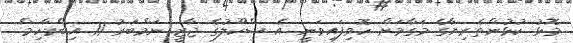
މޮޅު ކުޅުންތެރިޔާގެ މަގާމަށް ހޮވިފައިވަނީ އެ ސްކޫލުގެ ޖާޒީ ނަމްބަރު 11 އިބްރާހިމް